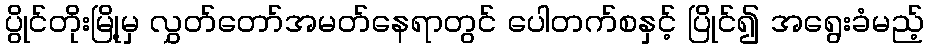
ပွိုင်တိုးမြို့မှ လွှတ်တော်အမတ်နေရာတွင် ပေါတက်စနှင့် ပြိုင်၍ အရွေးခံမည့်